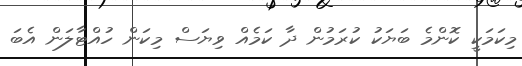
މިކަމަކީ ކޮންމެ ބަޔަކު ކުރަމުން ދާ ކަމެއް ވިޔަސް މިކަން ހުއްޓާލަން އެބަ